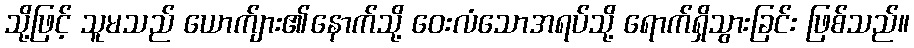
သို့ဖြင့် သူမသည် ယောက်ျား၏နောက်သို့ ဝေးလံသောအရပ်သို့ ရောက်ရှိသွားခြင်း ဖြစ်သည်။